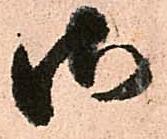
御